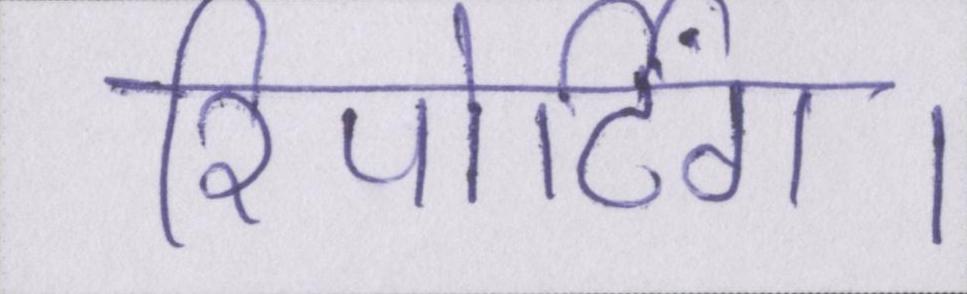
रिपोर्टिंग।